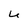
Character: u